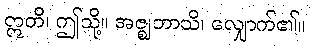
ဣတိ၊ ဤသို့။ အဇ္ဈဘာသိ၊ လျှောက်၏။